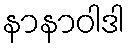
နာနာဝါဒါ